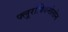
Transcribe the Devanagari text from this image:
फ्लूरोक्विनोलोन